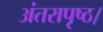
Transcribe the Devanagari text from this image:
अंतरापृष्ठ।